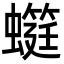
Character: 䗴